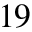
1 9